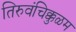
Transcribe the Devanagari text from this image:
तिरुवंचिक्कुळम